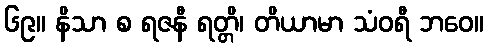
၆၉။ နိသာ စ ရဇနီ ရတ္တိ၊ တိယာမာ သံဝရီ ဘဝေ။